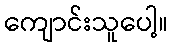
ကျောင်းသူပေါ့။